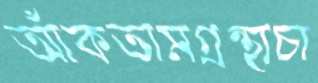
আঁকতামগ্রন্থাচা